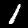
Digit: 1